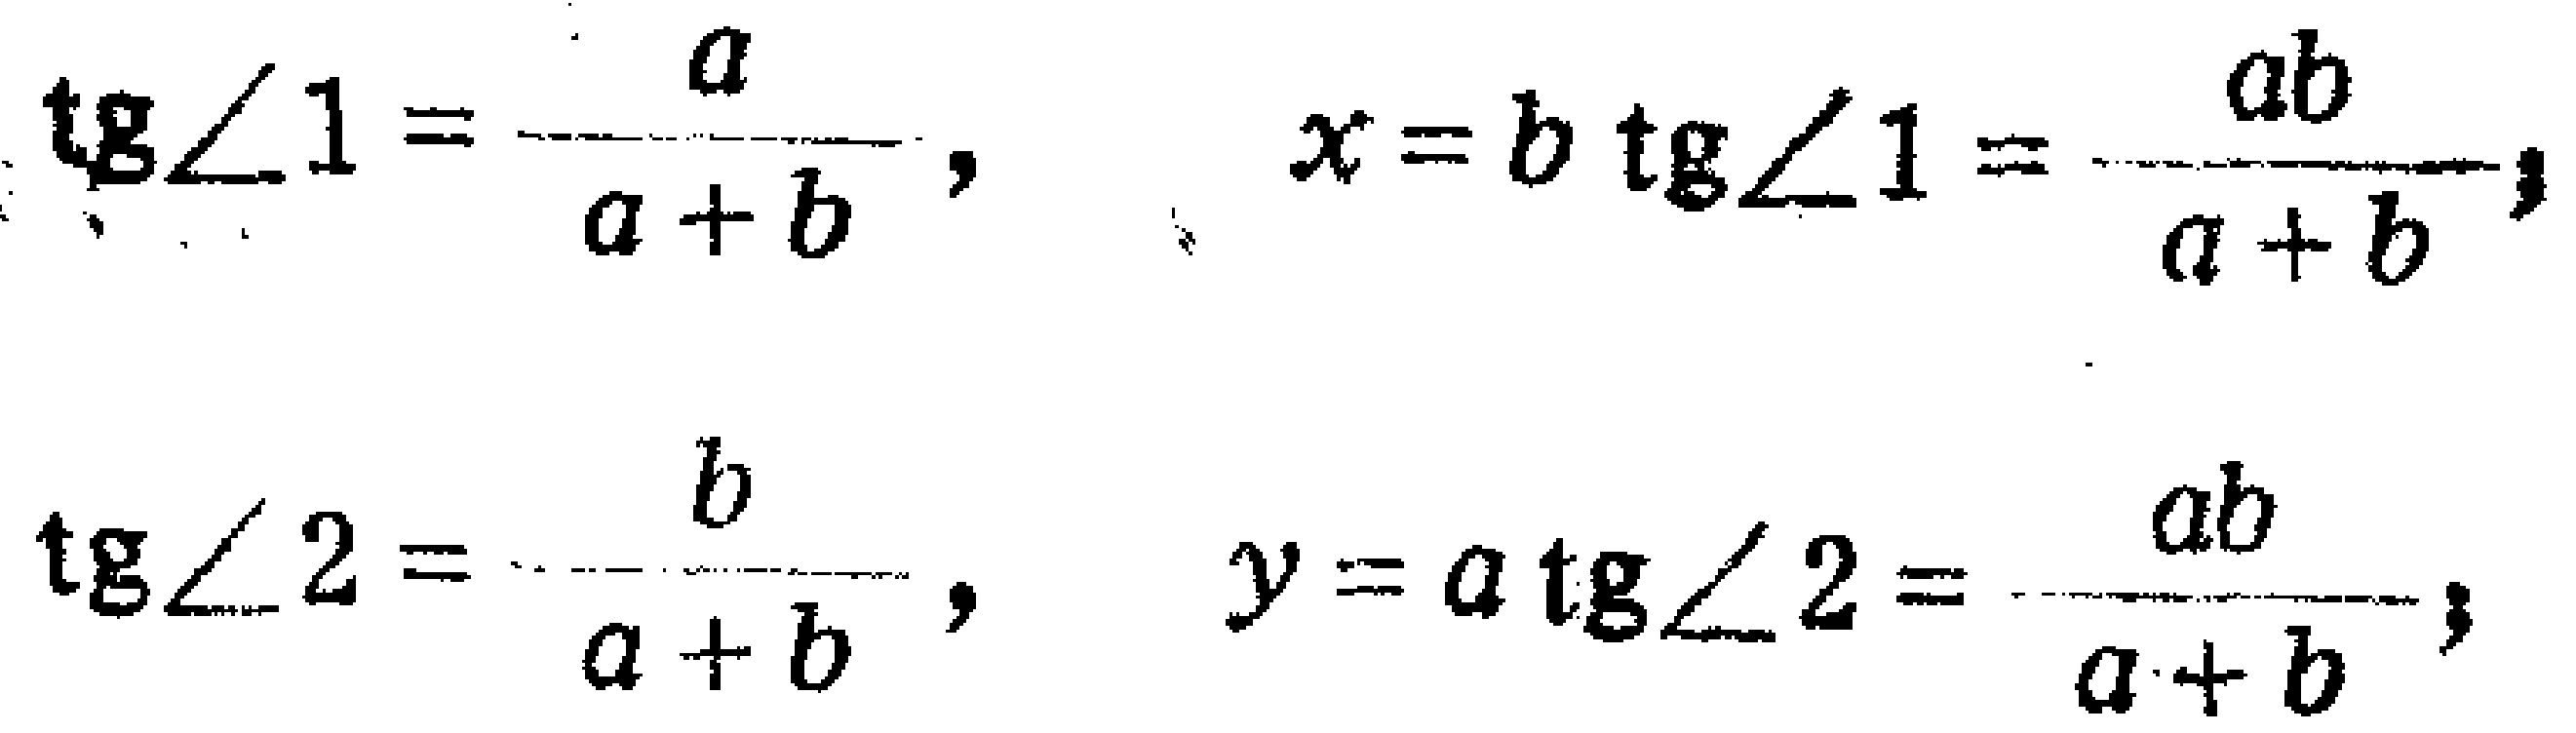
\[\begin{align*}
\tan\angle1&=\frac{a}{a + b},&x&=b\tan\angle1=\frac{ab}{a + b},\\
\tan\angle2&=\frac{b}{a + b},&y&=a\tan\angle2=\frac{ab}{a + b},
\end{align*}\]